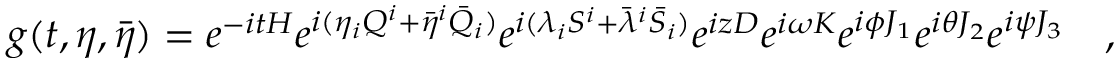
g ( t , \eta , \bar { \eta } ) = e ^ { - i t H } e ^ { i ( \eta _ { i } Q ^ { i } + \bar { \eta } ^ { i } \bar { Q } _ { i } ) } e ^ { i ( \lambda _ { i } S ^ { i } + \bar { \lambda } ^ { i } \bar { S } _ { i } ) } e ^ { i z D } e ^ { i \omega K } e ^ { i \phi J _ { 1 } } e ^ { i \theta J _ { 2 } } e ^ { i \psi J _ { 3 } } \quad ,